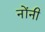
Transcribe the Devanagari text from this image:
नोंनी